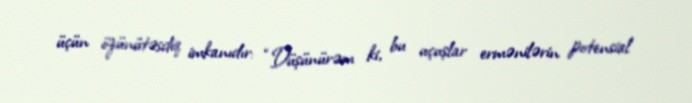
üçün özünütəsdiq imkanıdır: “Düşünürəm ki, bu uçuşlar ermənilərin potensial